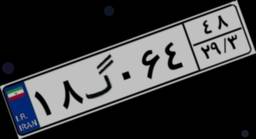
۷۱گ۳۶۳۸۹